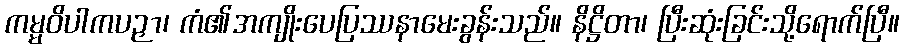
ကမ္မဝိပါကပဉှာ၊ ကံ၏အကျိုးပေပြဿနာမေးခွန်းသည်။ နိဋ္ဌိတာ၊ ပြီးဆုံးခြင်းသို့ရောက်ပြီ။